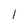
Character: 1